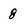
Character: 8